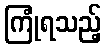
ကြုံရသည့်